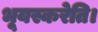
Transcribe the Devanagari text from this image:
भूयस्करेति।